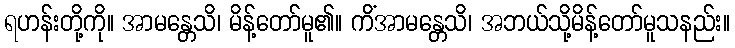
ရဟန်းတို့ကို။ အာမန္တေသိ၊ မိန့်တော်မူ၏။ ကိံအာမန္တေသိ၊ အဘယ်သို့မိန့်တော်မူသနည်း။